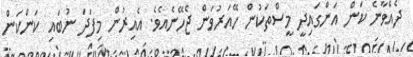
ދެއްވާނެ ކަން އަންގައިދީ މީސްތަކުން ހޭއަރުވަން ޖެހޭނެއެވެ. އެއިރުން މިފަދަ ނުބައި ކަންކަން